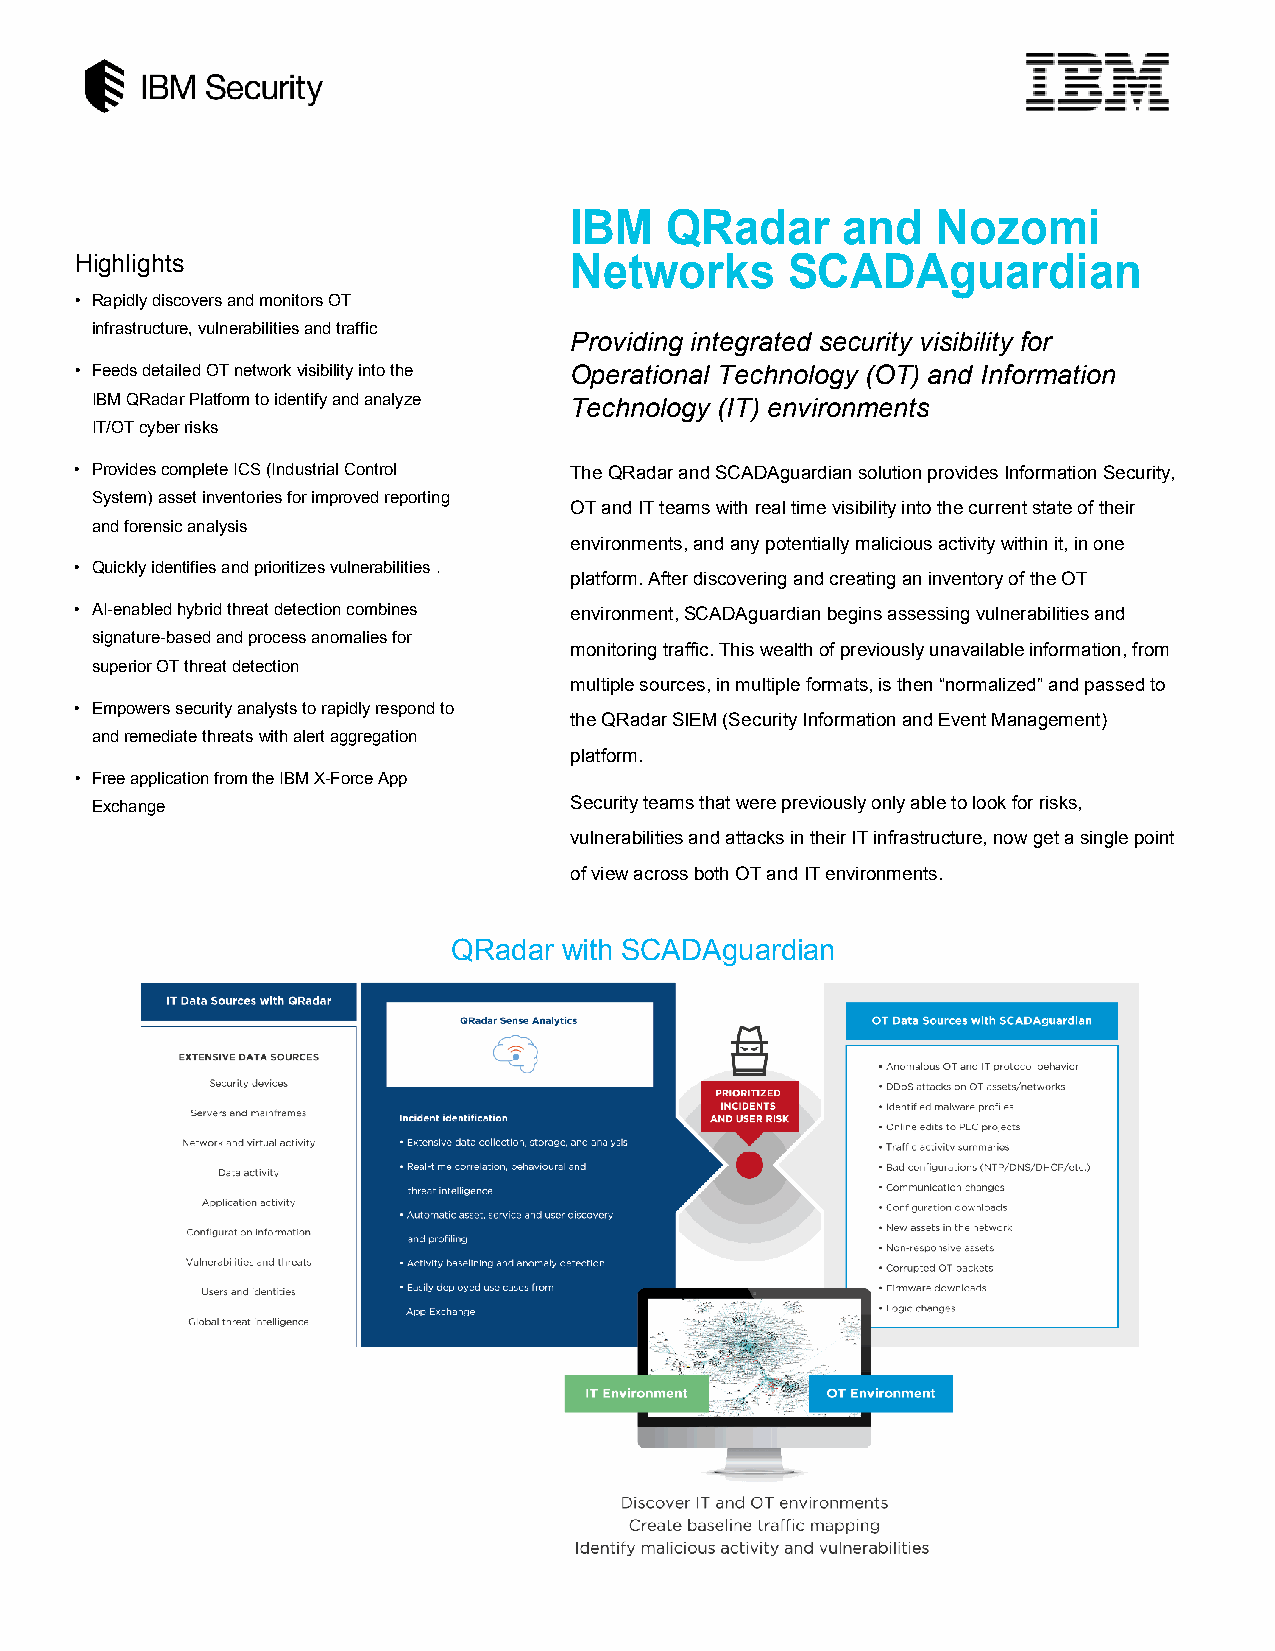
IBM   QRadar      and   Nozomi
 Highlights                       Networks      SCADAguardian
 • Rapidly discovers and monitors OT
 infrastructure, vulnerabilities and traffic
 Providing integrated security visibility for
 • Feeds detailed OT network visibility into the Operational Technology (OT) and Information
 IBM QRadar Platform to identify and analyze Technology (IT) environments
 IT/OT cyber risks
 • Provides complete ICS (Industrial Control The QRadar and SCADAguardian solution provides Information Security,
 System) asset inventories for improved reporting
 OT and IT teams with real time visibility into the current state of their
 and forensic analysis
 environments, and any potentially malicious activity within it, in one
 • Quickly identifies and prioritizes vulnerabilities .
 platform. After discovering and creating an inventory of the OT
 • AI-enabled hybrid threat detection combines environment, SCADAguardian begins assessing vulnerabilities and
 signature-based and process anomalies for
 monitoring traffic. This wealth of previously unavailable information, from
 superior OT threat detection
 multiple sources, in multiple formats, is then “normalized” and passed to
 • Empowers security analysts to rapidly respond to
 the QRadar SIEM (Security Information and Event Management)
 and remediate threats with alert aggregation
 platform.
 • Free application from the IBM X-Force App
 Exchange                        Security teams that were previously only able to look for risks,
 vulnerabilities and attacks in their IT infrastructure, now get a single point
 of view across both OT and IT environments.
 QRadar with SCADAguardian